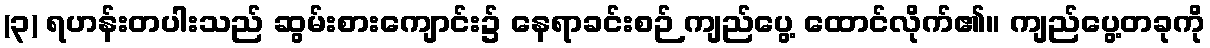
(၃) ရဟန်းတပါးသည် ဆွမ်းစားကျောင်း၌ နေရာခင်းစဉ် ကျည်ပွေ့ ထောင်လိုက်၏။ ကျည်ပွေ့တခုကို